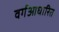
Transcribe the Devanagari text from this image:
वर्गआधारित